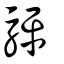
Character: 駍